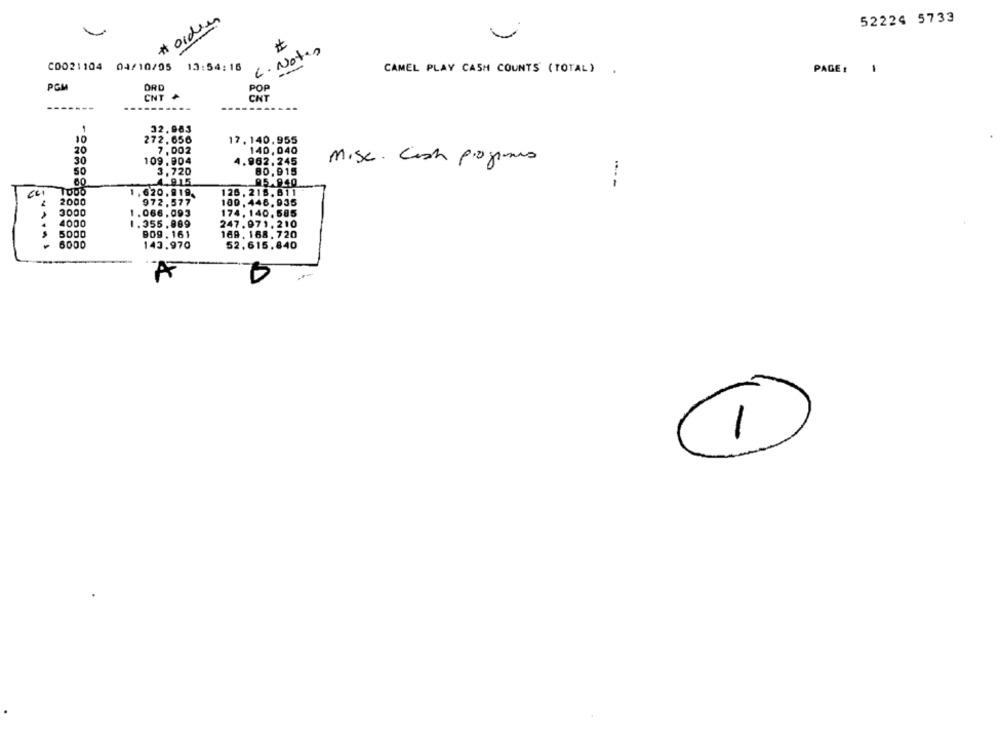
#orden
52224 5733
L. Notes
C0021104 04/10/05 13:54:16
CAMEL PLAY CASH COUNTS (TOTAL)
.
PAGE :
-
PCM
ORD
POP
CNT &
CNT
32.983
10
272,656
17. 140, 955
140,040
20
7,002
30
109.904
4.962.245
Mise. Cash programs
3,720
80, 915
SO
4.915
95.940
1,620, 919.
126, 218. 811
2000
972.577
100. 446.935
2000
1.066,093
174, 140, 585
4000
1.355,889
247.971.210
5000
909 . 161
169. 168. 720
6000
52,615.840
143.970
A
1